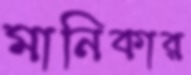
মানিকার